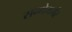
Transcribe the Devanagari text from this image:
सन्गेमर्मर